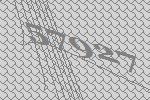
57927